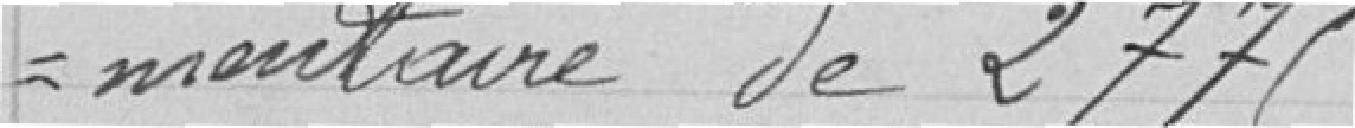
dentaire de 2 775.